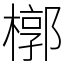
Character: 槨